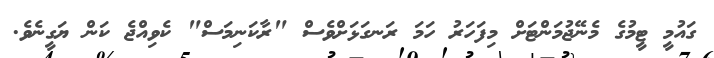
ގައުމީ ޓީމުގެ މެނޭޖުމަންޓަށް މިފަހަރު ހަމަ ރަނގަޅަށްވެސް "ރާކަނިމަސް" ކެވިއްޖެ ކަން ޔަގީނެވެ.